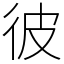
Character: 彼